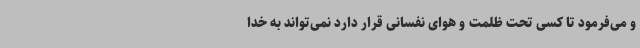
و می‌فرمود تا کسی تحت ظلمت و هوای نفسانی قرار دارد نمی‌تواند به خدا